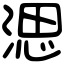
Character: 㴓